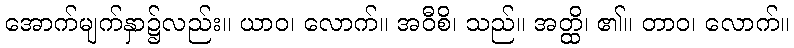
အောက်မျက်နှာ၌လည်း။ ယာဝ၊ လောက်။ အဝီစိ၊ သည်။ အတ္ထိ၊ ၏။ တာဝ၊ လောက်။